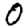
Digit: 0